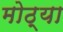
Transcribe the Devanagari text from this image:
मोठ्‍या